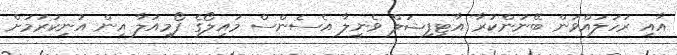
އާއި ރަހަލައްވަން ބޭނުންކުރާ އާޓިފިޝަލް ވެނީލާ އެސެންސް މައިލޯގެ ފޯމިއުލާ އިން އުނިކުރުމަށް